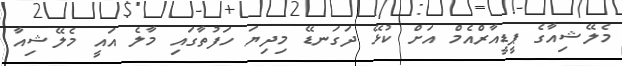
މެލޭޝިއާގެ ޕީޑީއާރްއެމް އަށް ކުޅޭ ދަގަނޑޭ މިދިޔަ ހަފުތާގައި މާލެ އައީ މެލޭޝިއާ